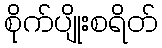
စိုက်ပျိုးစရိတ်